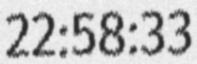
22:58:33